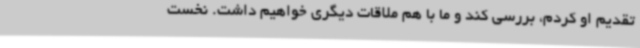
تقدیم او کردم، بررسی کند و ما با هم ملاقات دیگری خواهیم داشت. نخست